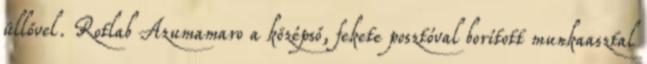
üllővel. Rotlab Azumamaro a középső, fekete posztóval borított munkaasztal